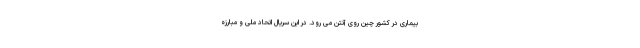
بیماری در کشور چین روی آنتن می رود. در این سریال اتحاد ملی و مبارزه